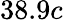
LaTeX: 38.9c